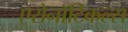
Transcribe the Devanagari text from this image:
एरोनॉटिकल्स